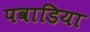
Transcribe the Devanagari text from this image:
पवाडिया